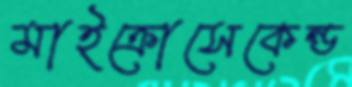
মাইক্রোসেকেন্ড